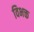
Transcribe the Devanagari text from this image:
विभक्त